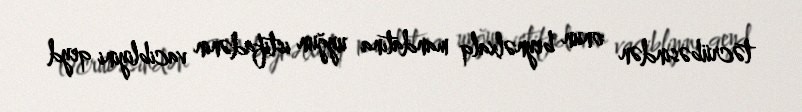
təcrübəsindən onun beynəlxalq mandatına uyğun istifadənin vacibliyini qeyd